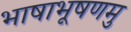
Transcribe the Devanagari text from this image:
भाषाभूषणमु